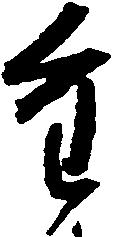
重